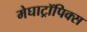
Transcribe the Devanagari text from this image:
मेघाट्रॉपिक्स